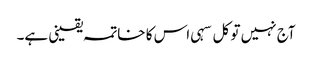
آج نہیں تو کل سہی اس کا خاتمہ یقینی ہے۔